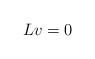
LaTeX: \begin{align*} Lv=0 \end{align*}